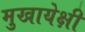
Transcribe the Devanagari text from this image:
मुखायेक्षी